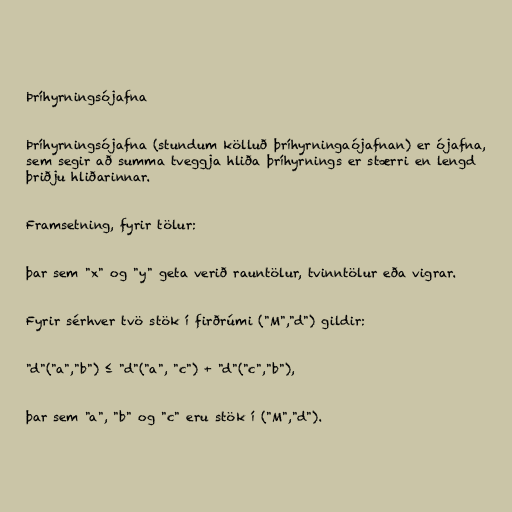
Þríhyrningsójafna

Þríhyrningsójafna (stundum kölluð þríhyrningaójafnan) er ójafna,
sem segir að summa tveggja hliða þríhyrnings er stærri en lengd
þriðju hliðarinnar.

Framsetning, fyrir tölur:

þar sem "x" og "y" geta verið rauntölur, tvinntölur eða vigrar.

Fyrir sérhver tvö stök í firðrúmi ("M","d") gildir:

"d"("a","b") ≤ "d"("a", "c") + "d"("c","b"),

þar sem "a", "b" og "c" eru stök í ("M","d").